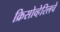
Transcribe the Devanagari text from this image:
क्रिसोव्हेरिलचे